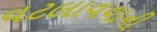
વટલાવવાની